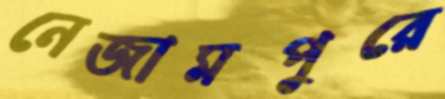
নেজামপুরে